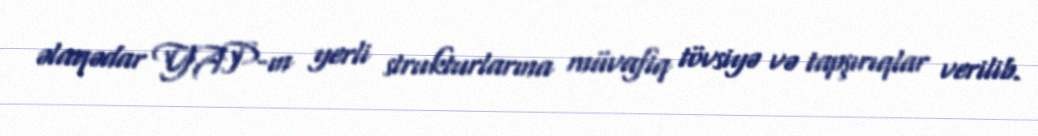
əlaqədar YAP-ın yerli strukturlarına müvafiq tövsiyə və tapşırıqlar verilib.